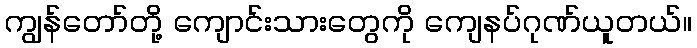
ကျွန်တော်တို့ ကျောင်းသားတွေကို ကျေနပ်ဂုဏ်ယူတယ်။